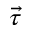
\vec { \tau }